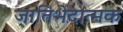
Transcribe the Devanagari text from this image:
जातिभेदात्मक